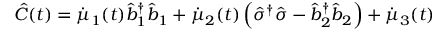
\hat { C } ( t ) = \dot { \mu } _ { 1 } ( t ) \hat { b } _ { 1 } ^ { \dagger } \hat { b } _ { 1 } + \dot { \mu } _ { 2 } ( t ) \left( \hat { \sigma } ^ { \dagger } \hat { \sigma } - \hat { b } _ { 2 } ^ { \dagger } \hat { b } _ { 2 } \right) + \dot { \mu } _ { 3 } ( t )